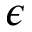
\epsilon